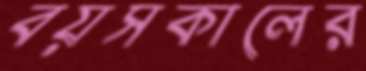
বয়সকালের